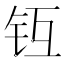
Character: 𨱀